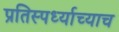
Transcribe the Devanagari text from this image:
प्रतिस्पर्ध्याच्याच